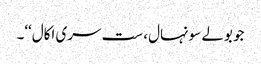
جو بولے سونہال، ست سری اکال‘‘۔